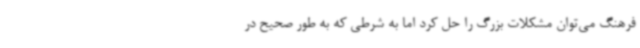
فرهنگ می‌توان مشکلات بزرگ را حل کرد اما به شرطی که به طور صحیح در